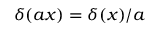
\delta ( a x ) = \delta ( x ) / a